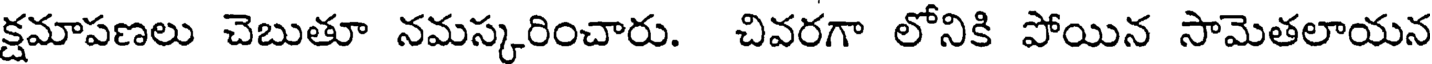
క్షమాపణలు చెబుతూ నమస్కరించారు. చివరగా లోనికి పోయిన సామెతలాయన